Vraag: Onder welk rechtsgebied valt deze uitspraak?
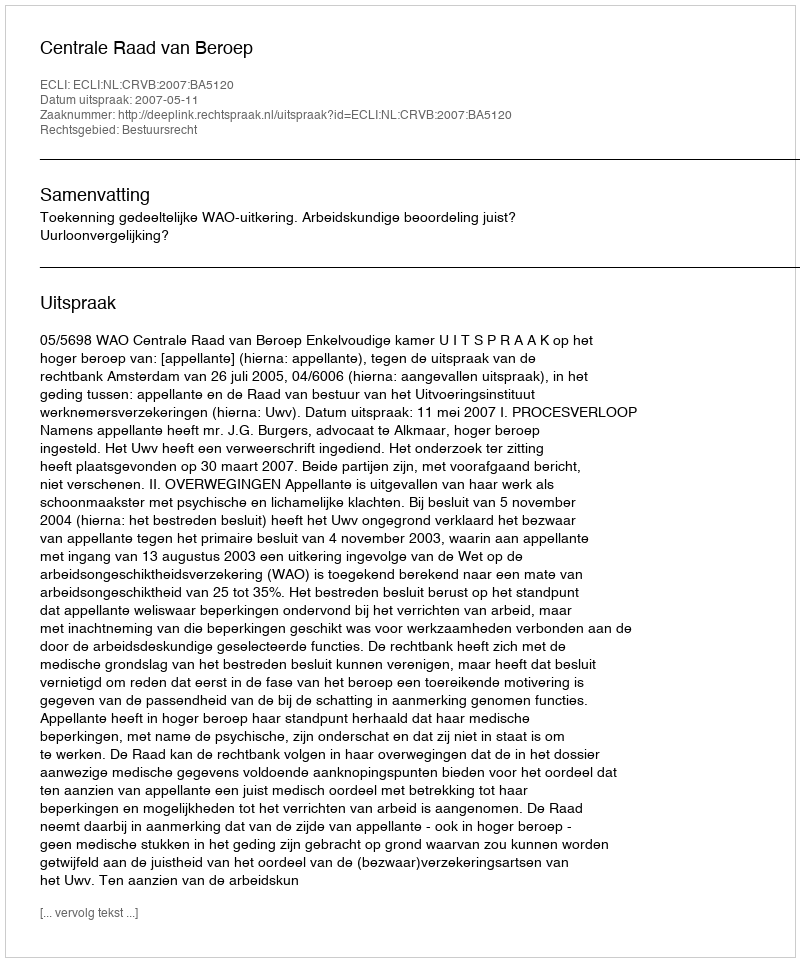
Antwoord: Bestuursrecht